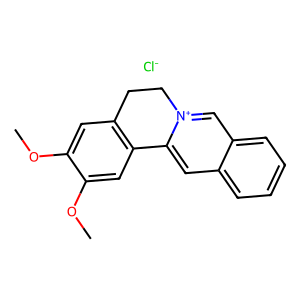
SMILES: COc1cc2c(cc1OC)-c1cc3ccccc3c[n+]1CC2.[Cl-]
Inhibits HIV replication: No